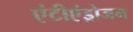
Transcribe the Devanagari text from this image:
एंटीएंड्रोजन